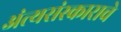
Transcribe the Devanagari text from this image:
अंत्यसंस्काराचे